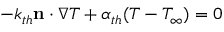
- k _ { t h } \mathbf { n } \cdot \nabla T + \alpha _ { t h } ( T - T _ { \infty } ) = 0